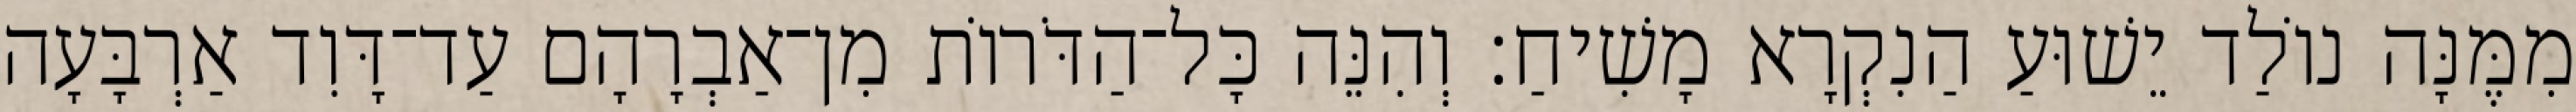
מִמֶּנָּה נוֹלַד יֵשׁוּעַ הַנִקְרָא מָשִׁיחַ׃ וְהִנֵּה כָּל־הַדֹּרוֹת מִן־אַבְרָהָם עַד־דָּוִד אַרְבָּעָה